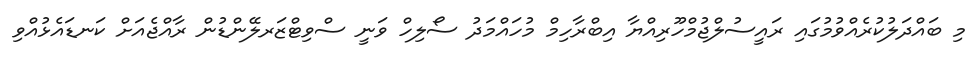
މި ބައްދަލުކުރެއްވުމުގައި ރައީސުލްޖުމްހޫރިއްޔާ އިބްރާހިމް މުހައްމަދު ސޯލިހް ވަނީ ސްވިޓްޒަރލޭންޑުން ރާއްޖެއަށް ކަނޑައެޅުއްވި